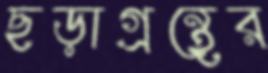
ছড়াগ্রন্থের